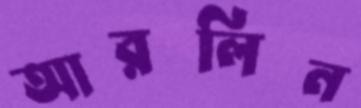
আরলিন